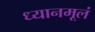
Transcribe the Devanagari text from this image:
ध्यानमूलं